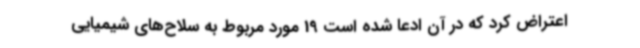
اعتراض کرد که در آن ادعا شده است 19 مورد مربوط به سلاح‌های شیمیایی